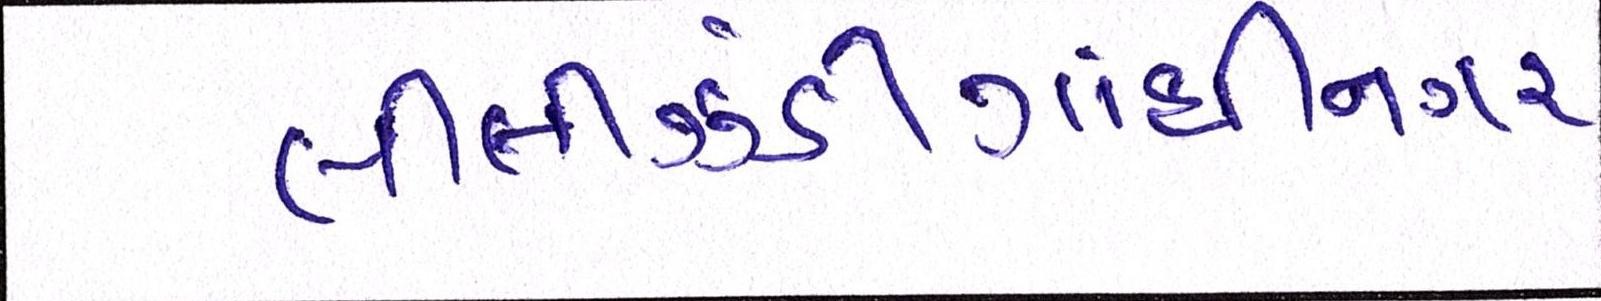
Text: લીલીઝંડીગાંધીનગર